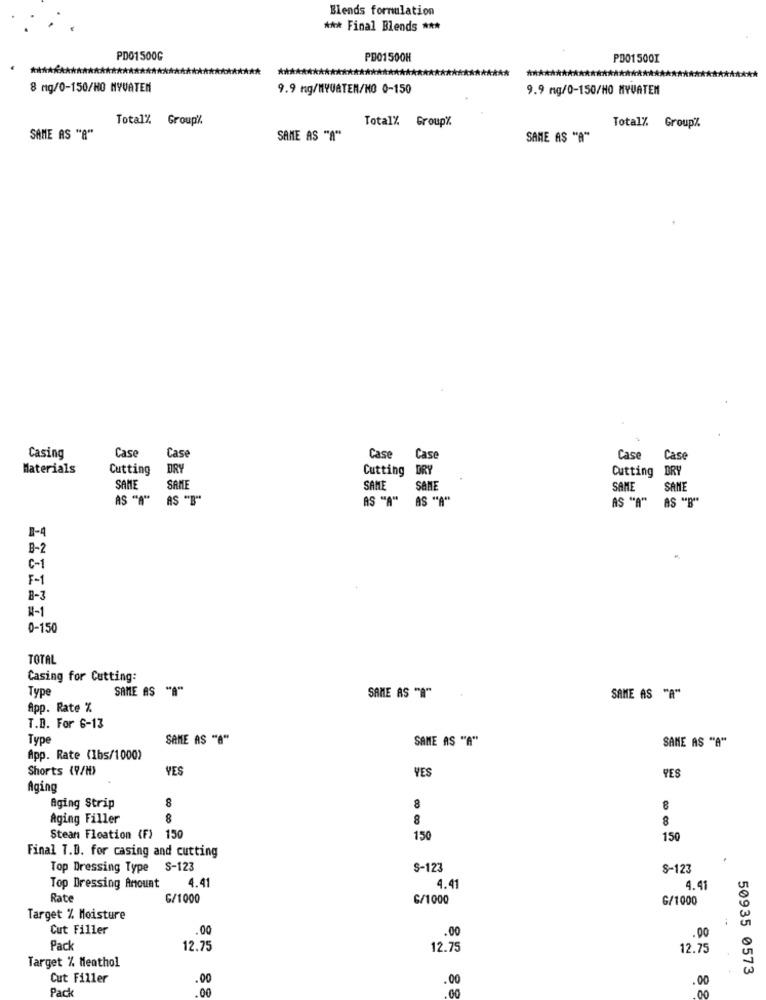
Blends formulation
*** Final Blends ***
PD01500G
PD01500H
PD015001
8 mg/0-150/HO NYVATEN
9.9 ng/NYUATEN/NO 0-150
9.9 mg/0-150/HO MYVATEN
Total% Group%
Total% Group%
Total%. Group%
SAME AS "8"
SAME AS "A"
SAME AS "A"
Case
Casing
Case
Case
Case
Case
Case
Materials
Cutting
DRY
Cutting
DRY
Cutting
DRY
SAME
SAME
SAME
SANE
SAME
SANE
AS "A" AS "B"
AS "A" AS "A"
AS "A"
AS "B"
1-4
B-2
C-1
F-1
8-3
#-1
0-150
TOTAL
Casing for Cutting:
Type
SAME AS "A"
SAME AS "A"
SAME AS "A"
App. Rate %
T.B. For 6-13
Type
SAME AS "A"
SAME AS "A"
SAME AS "A"
App. Rate (1bs/1000)
Shorts (9/H)
YES
YES
YES
Aging
Aging Strip
8
Aging Filler
8
88
Stean Floation (F) 150
150
150
Final T.D. for casing and cutting
Top Dressing Type S-123
S-123
S-123
Top Dressing Amount
4.41
4.41
4.41
Rate
G/1000
6/1000
G/1000
Target % Moisture
Cut Filler
.00
.00
.00
Pack
12.75
12.75
12.75
Target % Menthol
50935 0573
Cut Filler
.00
.00
.00
Pack